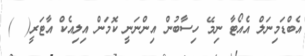
އެބްޑަމިނަލް އެއޯޓާ ނިމޭ ހިސާބުން އިންނަނީ ކޮމަން އިލިއެކް އާޓަރީ(  )